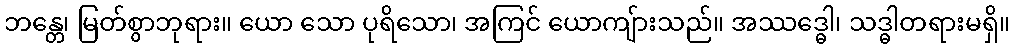
ဘန္တေ၊ မြတ်စွာဘုရား။ ယော သော ပုရိသော၊ အကြင် ယောကျ်ားသည်။ အဿဒ္ဓေါ၊ သဒ္ဓါတရားမရှိ။